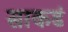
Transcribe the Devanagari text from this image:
साकडं